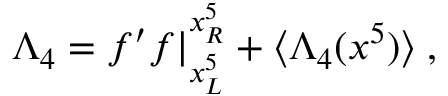
\Lambda _ { 4 } = f ^ { \prime } f | _ { x _ { L } ^ { 5 } } ^ { x _ { R } ^ { 5 } } + \langle \Lambda _ { 4 } ( x ^ { 5 } ) \rangle \; ,